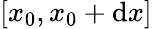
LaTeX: [x_{0},x_{0}+\mathrm{d}x]